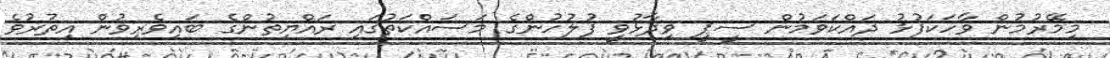
މިމޭރުމުން ވާހަކަފުޅު ދައްކަވަމުން ސީޕީ ވިދާޅުވީ ފުލުހުންގެ މަސައްކަތުގައި ރައްޔިތުންގެ ބައިވެރިވުން އިތުރުވެ